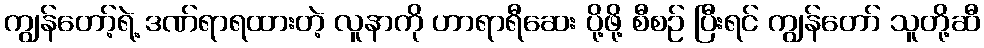
ကျွန်တော့်ရဲ့ ဒဏ်ရာရထားတဲ့ လူနာကို ဟာရာရီဆေး ပို့ဖို့ စီစဉ် ပြီးရင် ကျွန်တော် သူတို့ဆီ